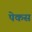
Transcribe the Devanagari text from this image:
पेकस